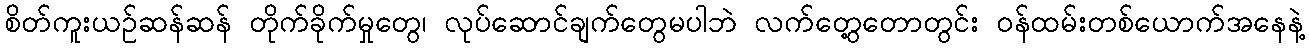
စိတ်ကူးယဉ်ဆန်ဆန် တိုက်ခိုက်မှုတွေ၊ လုပ်ဆောင်ချက်တွေမပါဘဲ လက်တွေ့တောတွင်း ဝန်ထမ်းတစ်ယောက်အနေနဲ့